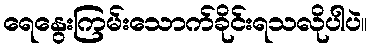
ရေနွေးကြမ်းသောက်ခိုင်းရသလိုပါပဲ။